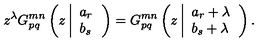
z ^ { \lambda } G _ { p q } ^ { m n } \left( z \left| \begin{array} { l } { a _ { r } } \\ { b _ { s } } \\ \end{array} \right. \right) = G _ { p q } ^ { m n } \left( z \left| \begin{array} { l } { a _ { r } + \lambda } \\ { b _ { s } + \lambda } \\ \end{array} \right. \right) .